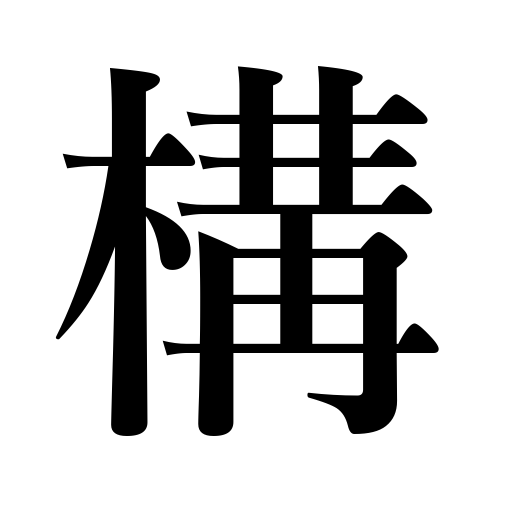
Meanings: care about,mind,tease,build,expel,banish,pretend,be hospitable,interfere with,pay attention to,pose as,feign,molest,be ready for,set up camp,assume an attitude,take a posture,keep house